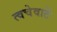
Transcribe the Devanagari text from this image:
त्वचेवाटे